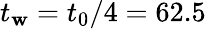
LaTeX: t_{\mathbf{w}}=t_{0}/4=62.5